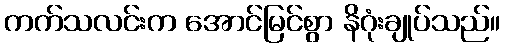
ကက်သလင်းက အောင်မြင်စွာ နိဂုံးချုပ်သည်။